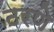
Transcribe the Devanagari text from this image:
ठरणे